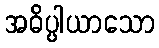
အဓိပ္ပါယာသော